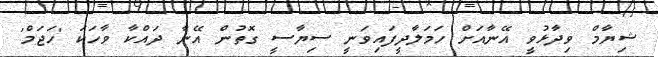
ޝިޔާމް ވިދާޅުވީ އޭނާއަށް ހަމަލާދީފައިވަނީ ސިޔާސީ ގޮތުން އޭނާ ދައްކާ ވާހަކަ 'ހަޖަމް'